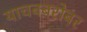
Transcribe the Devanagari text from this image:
याचबबरोबर